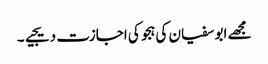
مجھے ابو سفیان کی ہجو کی اجازت دیجیے۔